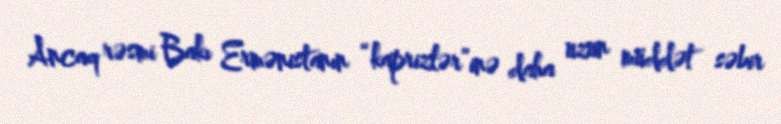
Ancaq rəsmi Bakı Ermənistanın “kaprizlər”inə daha uzun müddət səbir